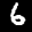
Label: 6